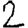
Digit: 2